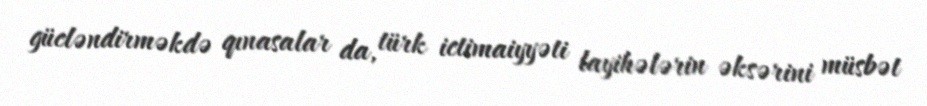
gücləndirməkdə qınasalar da, türk ictimaiyyəti layihələrin əksərini müsbət